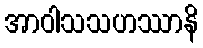
အာဝါသသဟဿာနိ